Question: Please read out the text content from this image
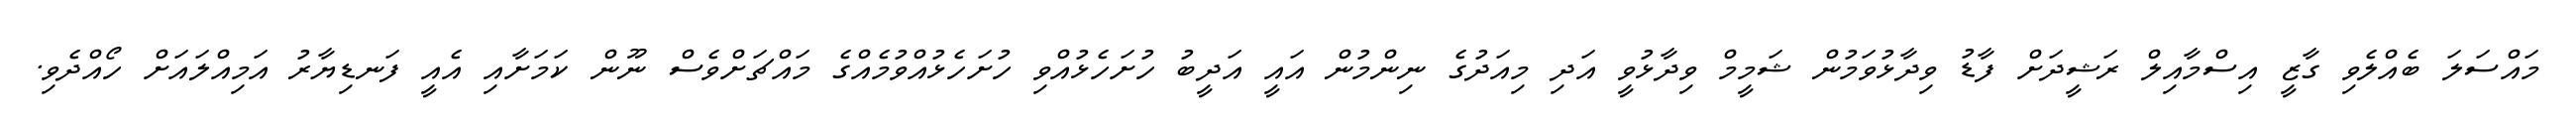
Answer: މައްސަލަ ބެއްލެވި ގާޒީ އިސްމާއިލް ރަޝީދަށް ފާޑު ވިދާޅުވަމުން ޝަމީމް ވިދާޅުވީ އަދި މިއަދުގެ ނިންމުން އައީ އަދީބު ހުށަހެޅުއްވި ހުށަހެޅުއްވުމެއްގެ މައްޗަށްވެސް ނޫން ކަމަށާއި އެއީ ފަނޑިޔާރު އަމިއްލައަށް ހޯއްދެވި.